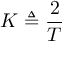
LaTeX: K \triangleq { \frac { 2 } { T } }